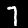
Digit: 7